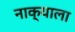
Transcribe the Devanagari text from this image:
नाक्याला